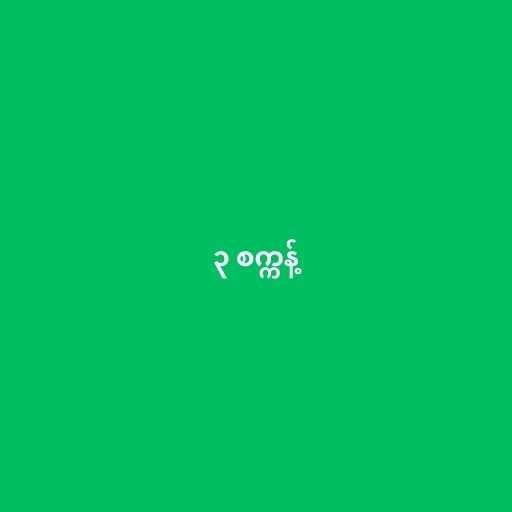
၃ စက္ကန့်